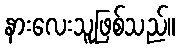
နားလေးသူဖြစ်သည်။